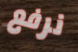
نرفع